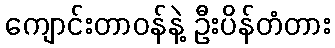
ကျောင်းတာဝန်နဲ့ ဦးပိန်တံတား